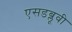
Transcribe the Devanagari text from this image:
एसडब्लूवी